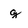
Character: g